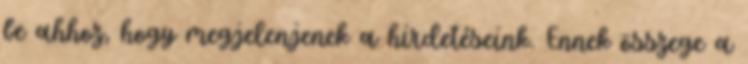
be ahhoz, hogy megjelenjenek a hirdetéseink. Ennek összege a